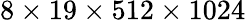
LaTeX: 8\times 19\times 512\times 1024